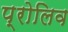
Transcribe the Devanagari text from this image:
प्रोलिव